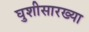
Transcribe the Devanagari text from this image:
घुशीसारख्या